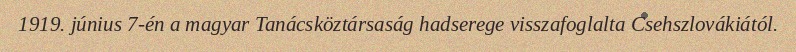
1919. június 7-én a magyar Tanácsköztársaság hadserege visszafoglalta Csehszlovákiától.